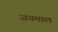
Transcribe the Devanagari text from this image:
जयमाल